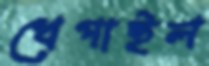
খেপাইল